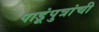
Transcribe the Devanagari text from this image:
पाडूंपुत्रांची